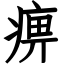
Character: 痹